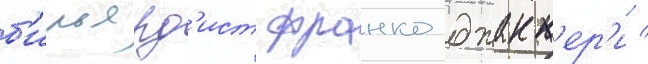
б'ильярд'ист франко джакк'ер'и /